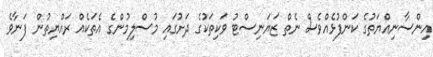
އިންސާނިއްޔަތުގެ ކަންފުޅެއްވެސް ނެތް ޒަޔަނިސްޓު ވަކިތަކުގެ ދަށުގައި މުސްލިމުންގެ އެތަކެއް ރައްޔިތުން ފަނާވެ